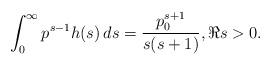
LaTeX: \begin{align*} \int_0^\infty p^{s-1} h(s) \, ds = \frac{p_0^{s+1}}{s(s+1)}, \Re s > 0.\end{align*}